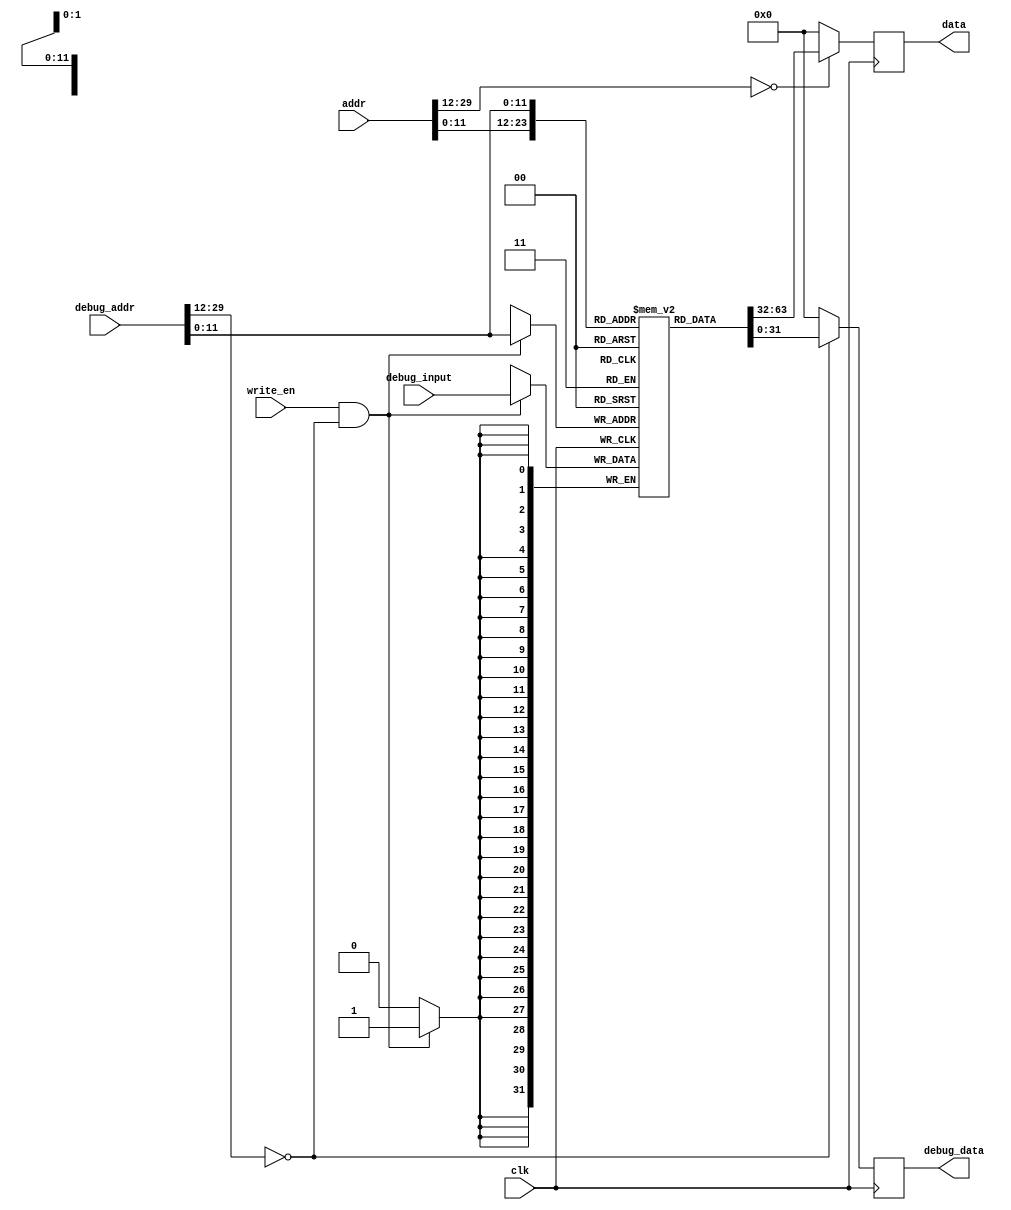
`timescale 1ns / 1ps
//////////////////////////////////////////////////////////////////////////////////
// Company: USTC ESLAB
// 
// Design Name: RV32I Core
// Module Name: Instruction Cache
// Tool Versions: Vivado 2017.4.1
// Description: RV32I Instruction Cache
// 
//////////////////////////////////////////////////////////////////////////////////


//  
    //  CacheCache
    //  debugsimulation
// 
    // clk               
    // write_en          debug
    // addr              
    // debug_addr        debug
    // debug_input       debug
// 
    // data              
    // debug_data        debug
//   
    // 

module InstructionCache(
    input wire clk,
    input wire write_en,
    input wire [31:2] addr, debug_addr,
    input wire [31:0] debug_input,
    output reg [31:0] data, debug_data
);

    // local variable
    wire addr_valid = (addr[31:14] == 18'h0);
    wire debug_addr_valid = (debug_addr[31:14] == 18'h0);
    wire [11:0] dealt_addr = addr[13:2];
    wire [11:0] dealt_debug_addr = debug_addr[13:2];
    // cache content
    reg [31:0] inst_cache[0:4095];


    /*initial begin
        data = 32'h0;
        debug_data = 32'h0;
        // you can add simulation instructions here
        inst_cache[0] = 32'h0;
        // ......
    end*/

    always@(posedge clk)
    begin
        data <= addr_valid ? inst_cache[dealt_addr] : 32'h0;
        debug_data <= debug_addr_valid ? inst_cache[dealt_debug_addr] : 32'h0;
        if(write_en & debug_addr_valid) 
            inst_cache[dealt_debug_addr] <= debug_input;
    end

endmodule